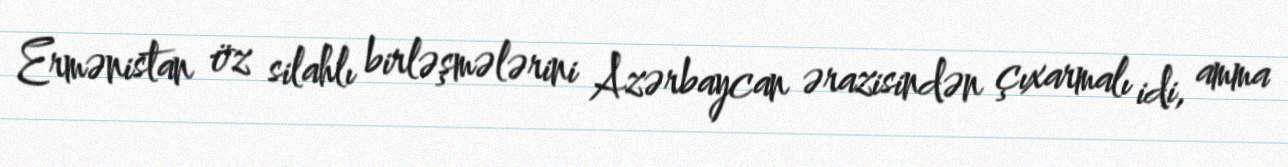
Ermənistan öz silahlı birləşmələrini Azərbaycan ərazisindən çıxarmalı idi, amma